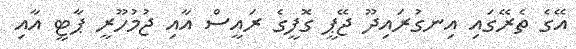
އޭގެ ތެރޭގައި އިނގުރައިދޫ ޖޭޕީ ގޮފީގެ ރައީސް އާއި ޖުމުހޫރީ ޕާޓީ އާއި